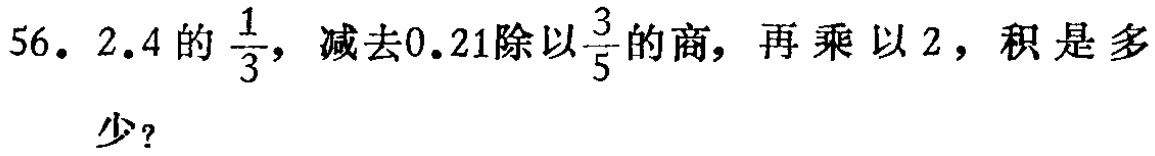
56. \(2.4\)的\(\frac{1}{3}\)，减去\(0.21\)除以\(\frac{3}{5}\)的商，再乘以\(2\)，积是多少？